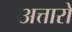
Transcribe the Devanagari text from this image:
अत्तारों